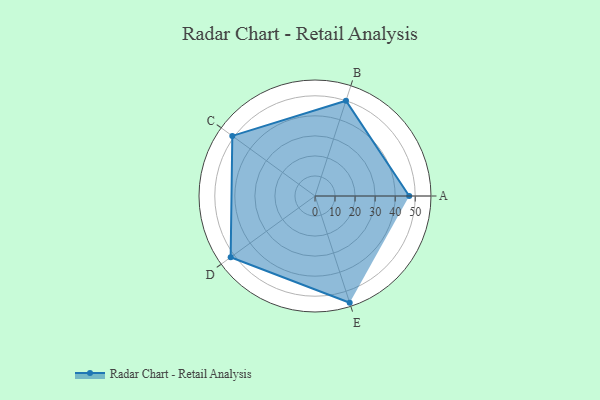
{"axis": {"x": "Skill", "y": "Score"}, "legend": ["Profile"], "data": [{"x": "A", "y": 47.0, "type": "Profile"}, {"x": "B", "y": 50.0, "type": "Profile"}, {"x": "C", "y": 51.0, "type": "Profile"}, {"x": "D", "y": 52.0, "type": "Profile"}, {"x": "E", "y": 56.0, "type": "Profile"}]}